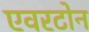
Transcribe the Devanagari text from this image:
एवरटोन